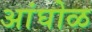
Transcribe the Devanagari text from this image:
अांघोळ